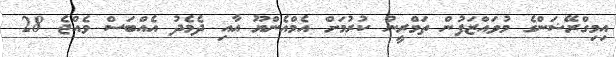
އިމިގްރޭޝަންގެ މުވައްޒަފުން ތަމްރީނު ކުރުމަށް އެމްއެންޔޫ އާއި ދެމެދު އެއްބަސް ވެއްޖެ 28